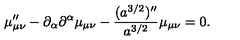
\mu _ { \mu \nu } ^ { \prime \prime } - \partial _ { \alpha } \partial ^ { \alpha } \mu _ { \mu \nu } - \frac { ( a ^ { 3 / 2 } ) ^ { \prime \prime } } { a ^ { 3 / 2 } } \mu _ { \mu \nu } = 0 .